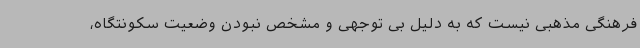
فرهنگی مذهبی نیست که به دلیل بی توجهی و مشخص نبودن وضعیت سکونتگاه،